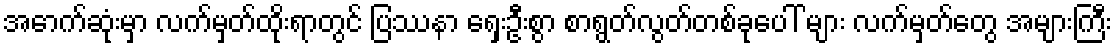
အောက်ဆုံးမှာ လက်မှတ်ထိုးရာတွင် ပြဿနာ ရှေးဦးစွာ စာရွတ်လွတ်တစ်ခုပေါ် များ လက်မှတ်တွေ အများကြီး